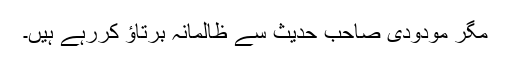
مگر مودودی صاحب حدیث سے ظالمانہ برتاؤ کررہے ہیں۔